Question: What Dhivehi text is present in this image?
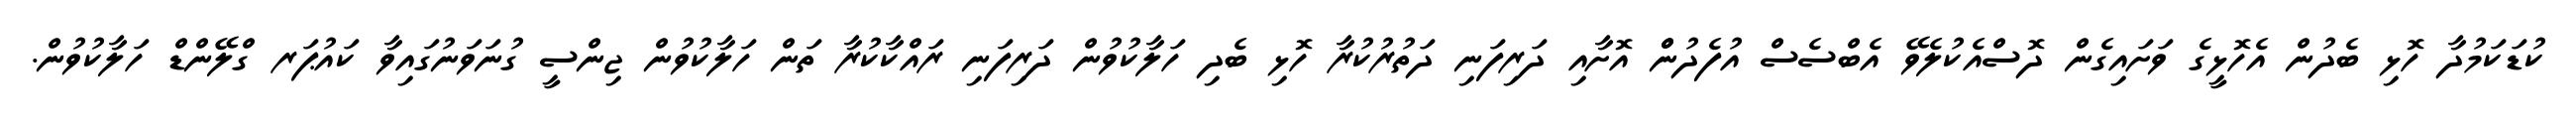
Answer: ކުޑަކަމުދާ ހޮޅި ބެދުން އެހޮޅީގެ ވަށައިގެން ދޮސްއެކުލެވޭ އެބްސެސް އުފެދުންް އޮށާއި ދަރިފަނި ދަތުރުކުރާ ހޮޅި ބެދި ހަލާކުވުން ދަރިފަނި ރައްކާކުރާ ތަން ހަލާކުވުން ޖިންސީ ގުނަވަނުގައިވާ ކައުޕަރ ގްލޭންޑް ހަލާކުވުން.